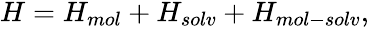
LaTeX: \begin{array}{r}{H=H_{mol}+H_{solv}+H_{mol-solv},}\end{array}